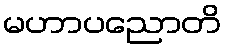
မဟာပညောတိ